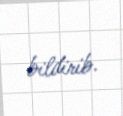
bildirib.